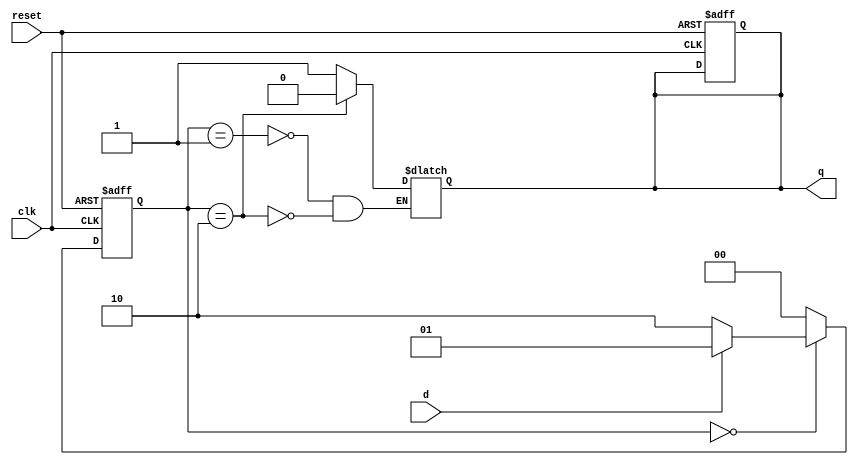
module d_flipflop(
    input wire clk,
    input wire reset,
    input wire d,
    output reg q
);
    parameter IDLE = 2'b00;
    parameter SET = 2'b01;
    parameter RESET = 2'b10;

    reg [1:0] state, next_state;

    always @(posedge clk, posedge reset)
    begin
        if (reset)
        begin
            state <= IDLE;
            q <= 1'b0;
        end
        else
            state <= next_state;
    end

    always @(*)
    begin
        case (state)
            IDLE: begin
                if (d)
                    next_state = SET;
                else
                    next_state = RESET;
            end
            SET: begin
                next_state = IDLE;
                q <= 1'b1;
            end
            RESET: begin
                next_state = IDLE;
                q <= 1'b0;
            end
            default: next_state = IDLE;
        endcase
    end

endmodule

module d_flipflop_tb;

    parameter CLK_PERIOD = 10;

    reg clk;
    reg reset;
    reg d;
    wire q;

    d_flipflop DUT(
        .clk(clk),
        .reset(reset),
        .d(d),
        .q(q)
    );

    always #((CLK_PERIOD / 2)) clk <= ~clk;

    initial begin
        $dumpfile("d_flipflop_tb.vcd");
        $dumpvars(0, d_flipflop_tb);

        reset = 1;
        #20 reset = 0;

        d = 0;
        #20 d = 1;
        #20 d = 0;
        #20 d = 1;
        #20 d = 0;
        #20 $finish;
    end

endmodule

module d_flipflop_wb;

    reg clk;
    reg reset;
    reg d;
    wire q;

    d_flipflop DUT(
        .clk(clk),
        .reset(reset),
        .d(d),
        .q(q)
    );

    always #5 clk <= ~clk;

    initial begin

        reset = 1;
        #20 reset = 0;

        repeat (10) begin
            #10 d = ~d;
        end
        #10 $finish;
    end
endmodule